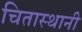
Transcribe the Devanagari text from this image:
चितास्थानी